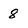
Character: 8